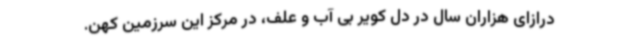
درازای هزاران سال در دل کویر بی آب و علف، در مرکز این سرزمین کهن.